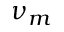
\nu _ { m }